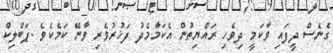
ގެނެސް ދީފައި ވާކަމީ ދިވެހި ރައްޔިތުން އެކަމާމެދު ފަޚުރުވެރި ވާނޭ ކަމެކެވެ .ޕަބްލިކް